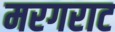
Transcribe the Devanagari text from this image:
मरगराट